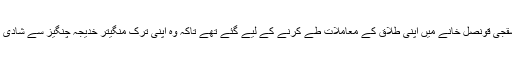
جمال خاشقجی قونصل خانے میں اپنی طلاق کے معاملات طے کرنے کے لیے گئے تھے تاکہ وہ اپنی ترک منگیتر خدیجہ چنگیز سے شادی کر سکیں۔